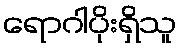
ရောဂါပိုးရှိသူ